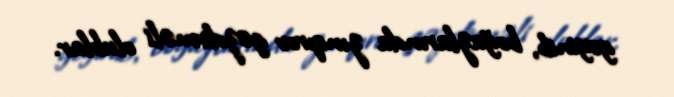
geyinib, boğazlarında zınqırov gəzdirməli olublar.